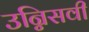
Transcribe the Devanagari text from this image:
उन्निसवी